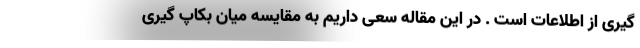
گیری از اطلاعات است . در این مقاله سعی داریم به مقایسه میان بکاپ گیری